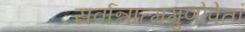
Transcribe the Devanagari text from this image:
सर्वान्नात्मगुणोपेतां